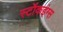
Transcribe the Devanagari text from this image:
स्टॉकइंग्स